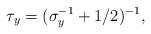
LaTeX: \begin{align*}\tau_y = (\sigma_y^{-1}+1/2)^{-1},\end{align*}